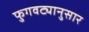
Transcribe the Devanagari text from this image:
फुगवट्यानुसार